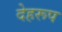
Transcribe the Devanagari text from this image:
देहरूप